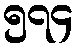
၅၇၄